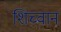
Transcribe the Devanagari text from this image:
शिच्वान